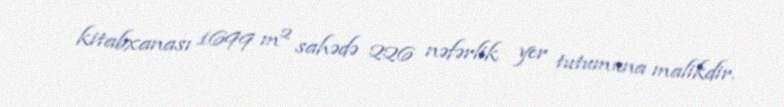
kitabxanası 1699 m² sahədə 226 nəfərlik yer tutumuna malikdir.